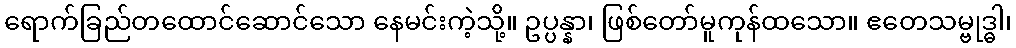
ရောက်ခြည်တထောင်ဆောင်သော နေမင်းကဲ့သို့။ ဥပ္ပန္နာ၊ ဖြစ်တော်မူကုန်ထသော။ ဧတေသမ္ဗုဒ္ဓါ၊